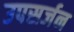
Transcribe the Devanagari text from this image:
उपसर्जन